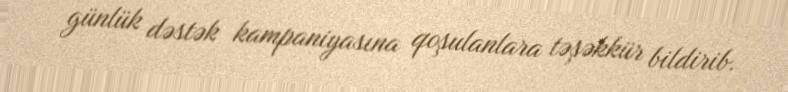
günlük dəstək kampaniyasına qoşulanlara təşəkkür bildirib.